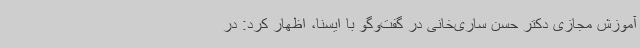
آموزش مجازی دکتر حسن ساری‌خانی در گفت‌وگو با ایسنا، اظهار کرد: در